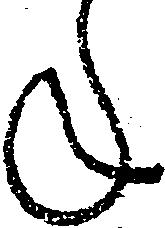
年